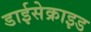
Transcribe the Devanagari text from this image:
डाईसेक्राइड